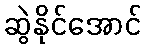
ဆွဲနိုင်အောင်